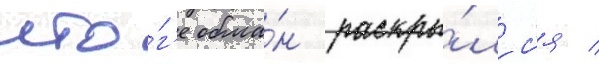
ито́г'е обма́н раскры́лс'я /